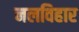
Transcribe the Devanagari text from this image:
नलविहार